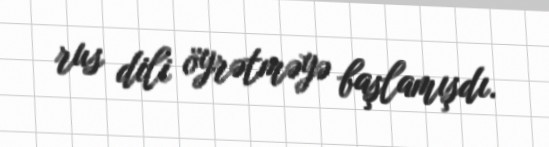
rus dili öyrətməyə başlamışdı.